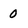
Character: O